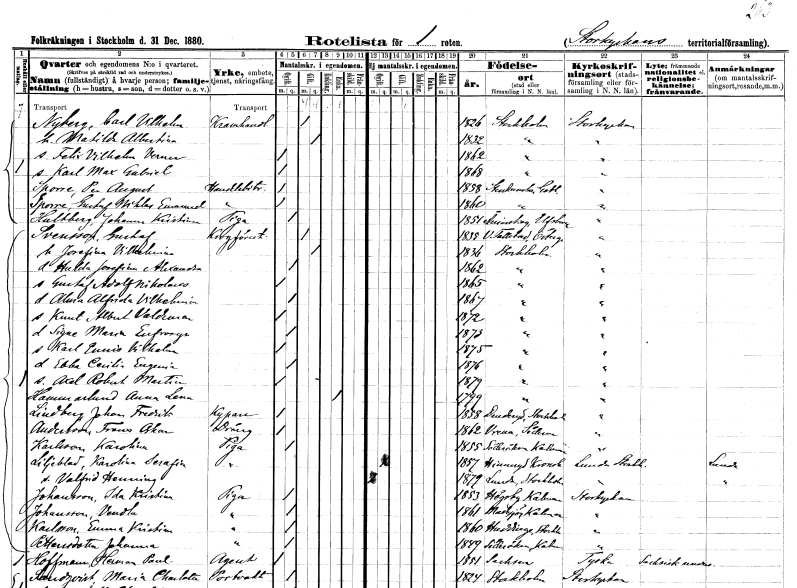
gt_parse: households: individuals: FN: Carl Vilhelm
EN: Nyberg
YRKE: Kramhandlare
KON: M
CIV: G
FODAR: 1826
FODFORS: Stockholm
FN: Matilda Albertina
KON: K
CIV: G
FODAR: 1832
FODFORS: Stockholm
FN: Felix Vilhelm Verner
KON: M
CIV: O
FODAR: 1862
FODFORS: Stockholm
FN: Karl Max Gabriel
KON: M
CIV: O
FODAR: 1868
FODFORS: Stockholm
FN: Per August
EN: Sporre
YRKE: Handelsbiträde
KON: M
CIV: O
FODAR: 1858
FODFORS: Stenkumla Gotlands län
FN: Gustaf Niklas Emanuel
EN: Sporre
YRKE: Handelsbiträde
KON: M
CIV: O
FODAR: 1860
FODFORS: Stenkumla Gotlands län
FN: Johanna Kristina
EN: Hultberg
YRKE: Piga
KON: K
CIV: O
FODAR: 1851
FODFORS: Ånimskog Älvsborgs län
FN: Gustaf
EN: Svensson
YRKE: Krogföreståndare
KON: M
CIV: G
FODAR: 1835
FODFORS: Västra Tollstad Östergötlands län
FN: Josefina Vilhelmina
KON: K
CIV: G
FODAR: 1836
FODFORS: Stockholm
FN: Hulda Josefina Alexandra
KON: K
CIV: O
FODAR: 1862
FODFORS: Stockholm
FN: Gustaf Adolf Nikolaus
KON: M
CIV: O
FODAR: 1865
FODFORS: Stockholm
FN: Alma Alfrida Vilhelmina
KON: K
CIV: O
FODAR: 1867
FODFORS: Stockholm
FN: Knut Albert Valdemar
KON: M
CIV: O
FODAR: 1872
FODFORS: Stockholm
FN: Signe Maria Eufrosya
KON: K
CIV: O
FODAR: 1873
FODFORS: Stockholm
FN: Karl Emis Vilhelm
KON: M
CIV: O
FODAR: 1875
FODFORS: Stockholm
FN: Ebba Cecilia Eugenia
KON: K
CIV: O
FODAR: 1876
FODFORS: Stockholm
FN: Axel Robert Martin
KON: M
CIV: O
FODAR: 1879
FODFORS: Stockholm
FN: Anna Lena
EN: Hammarlund
KON: K
CIV: E
FODAR: 1799
FODFORS: Stockholm
FN: Johan Fredrik
EN: Lindberg
YRKE: Kypare
KON: M
CIV: O
FODAR: 1858
FODFORS: Danderyd Stockholms län
FN: Frans Oskar
EN: Andersson
YRKE: Dräng
KON: M
CIV: O
FODAR: 1862
FODFORS: Vrena Södermanlands län
FN: Karolina
EN: Karlsson
YRKE: Piga
KON: K
CIV: O
FODAR: 1855
FODFORS: Söderåkra Kalmar län
FN: Karolina Serafia
EN: Liljeblad
YRKE: Piga
KON: K
CIV: O
FODAR: 1857
FODFORS: Hinneryd Kronobergs län
FN: Valfrid Henning
KON: M
CIV: O
FODAR: 1879
FODFORS: Lunda Stockholms län
FN: Ida Kristina
EN: Johansson
YRKE: Piga
KON: K
CIV: O
FODAR: 1853
FODFORS: Högsby Kalmar län
FN: Vendla
EN: Johansson
YRKE: Piga
KON: K
CIV: O
FODAR: 1861
FODFORS: Madesjö Kalmar län